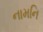
નામનિ